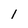
Character: 1